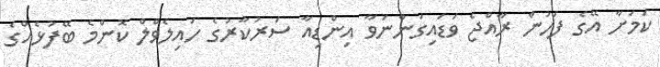
ކަމަށާ އޭގެ ފަހުން ރާއްޖެ ވަޑައިގަންނަވާ އިންޑިއާ ސަރުކާރުގެ ހައިލެވްލް ކޮންމެ ބޭފުޅެއްގެ